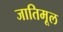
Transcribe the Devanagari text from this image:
जातिमूल